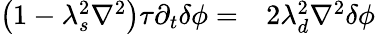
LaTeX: \begin{array}{rl}{\left(1-\lambda_{s}^{2}\nabla^{2}\right)\tau\partial_{t}\delta\phi=}&{{}2\lambda_{d}^{2}\nabla^{2}\delta\phi}\end{array}